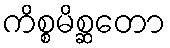
ကိစ္စမိစ္ဆတော